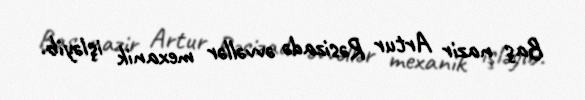
Baş nazir Artur Rəsizadə əvvəllər mexanik işləyib.